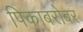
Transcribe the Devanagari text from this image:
पिकाबरोबर